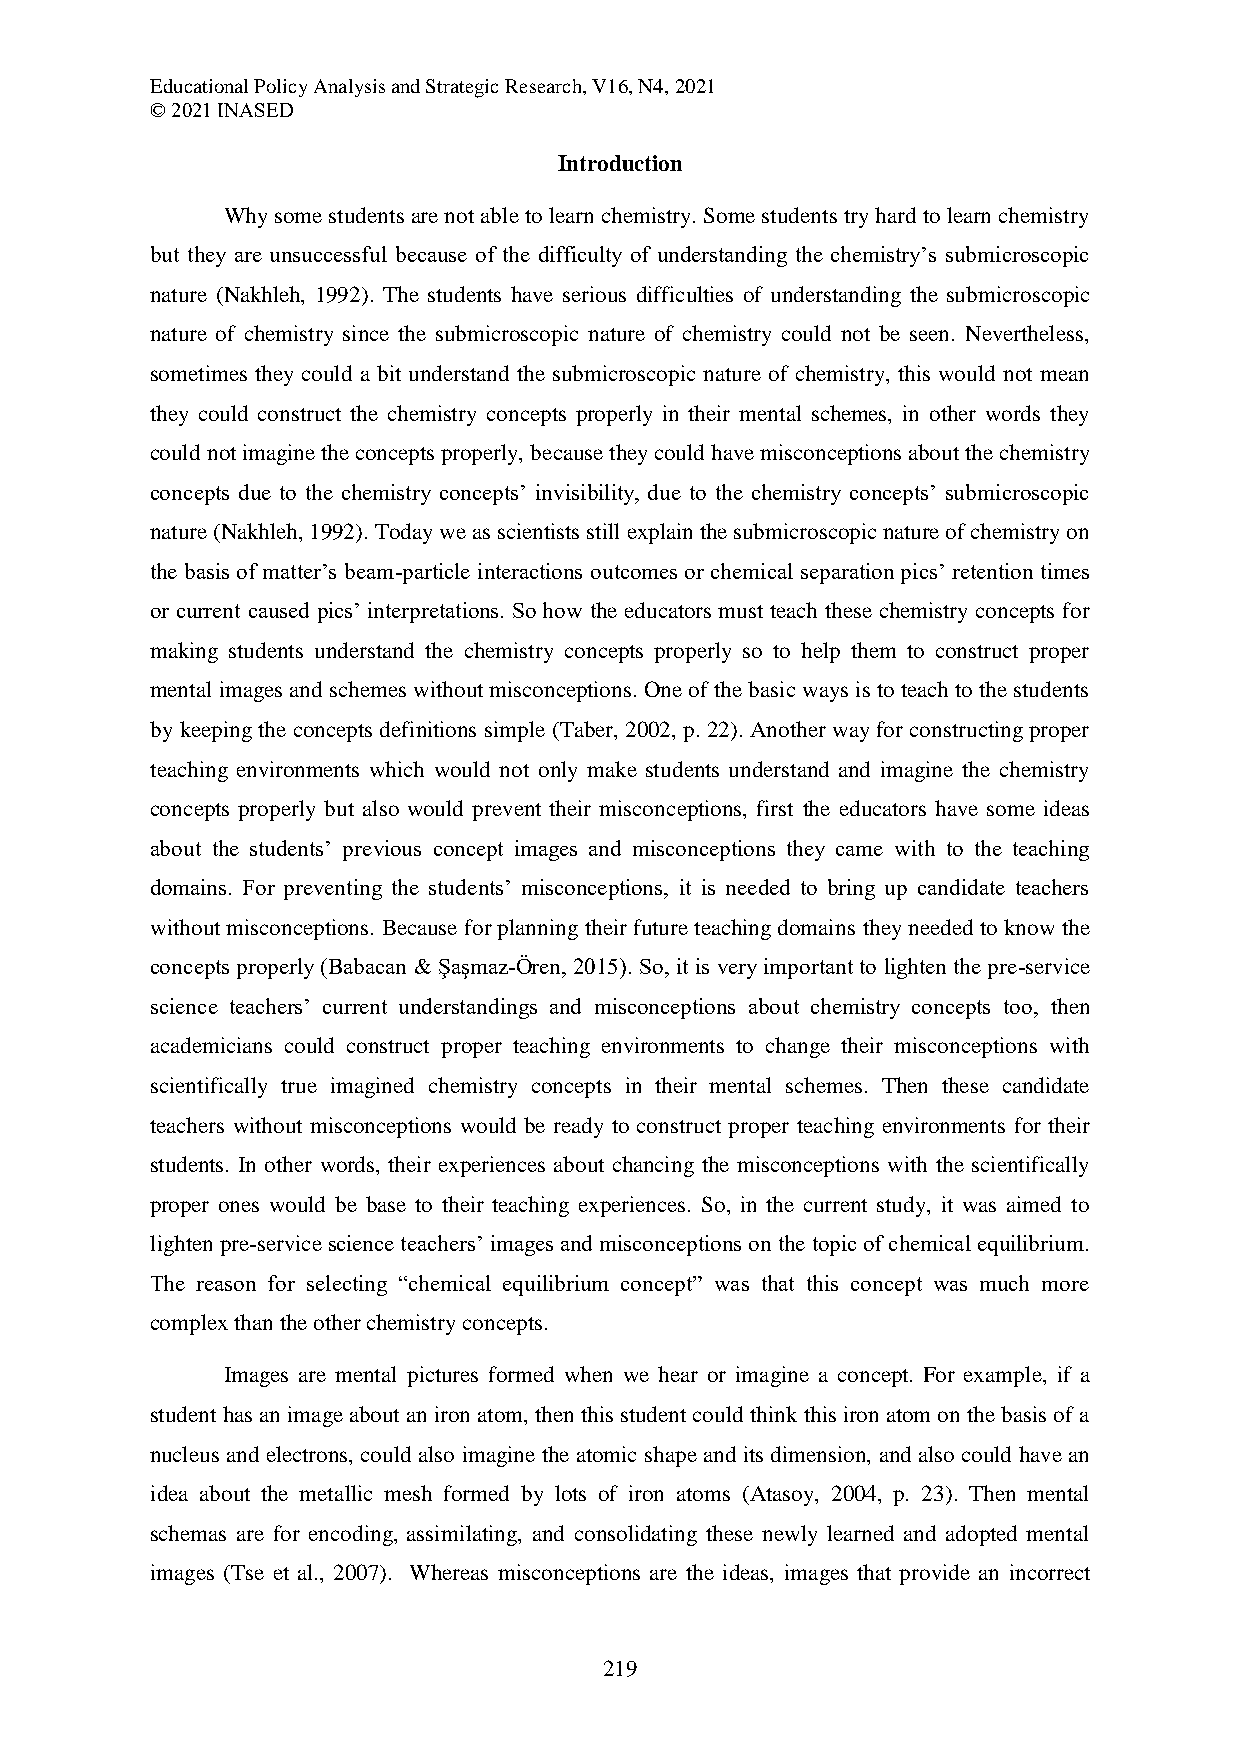
Educational Policy Analysis and Strategic Research, V16, N4, 2021
 © 2021 INASED
 Introduction
 Why some students are not able to learn chemistry. Some students try hard to learn chemistry
 but they are unsuccessful because of the difficulty of understanding the chemistry’s submicroscopic
 nature (Nakhleh, 1992). The students have serious difficulties of understanding the submicroscopic
 nature of chemistry since the submicroscopic nature of chemistry could not be seen. Nevertheless,
 sometimes they could a bit understand the submicroscopic nature of chemistry, this would not mean
 they could construct the chemistry concepts properly in their mental schemes, in other words they
 could not imagine the concepts properly, because they could have misconceptions about the chemistry
 concepts due to the chemistry concepts’ invisibility, due to the chemistry concepts’ submicroscopic
 nature (Nakhleh, 1992). Today we as scientists still explain the submicroscopic nature of chemistry on
 the basis of matter’s beam-particle interactions outcomes or chemical separation pics’ retention times
 or current caused pics’ interpretations. So how the educators must teach these chemistry concepts for
 making students understand the chemistry concepts properly so to help them to construct proper
 mental images and schemes without misconceptions. One of the basic ways is to teach to the students
 by keeping the concepts definitions simple (Taber, 2002, p. 22). Another way for constructing proper
 teaching environments which would not only make students understand and imagine the chemistry
 concepts properly but also would prevent their misconceptions, first the educators have some ideas
 about the students’ previous concept images and misconceptions they came with to the teaching
 domains. For preventing the students’ misconceptions, it is needed to bring up candidate teachers
 without misconceptions. Because for planning their future teaching domains they needed to know the
 concepts properly (Babacan & Şaşmaz-Ören, 2015). So, it is very important to lighten the pre-service
 science teachers’ current understandings and misconceptions about chemistry concepts too, then
 academicians could construct proper teaching environments to change their misconceptions with
 scientifically true imagined chemistry concepts in their mental schemes. Then these candidate
 teachers without misconceptions would be ready to construct proper teaching environments for their
 students. In other words, their experiences about chancing the misconceptions with the scientifically
 proper ones would be base to their teaching experiences. So, in the current study, it was aimed to
 lighten pre-service science teachers’ images and misconceptions on the topic of chemical equilibrium.
 The reason for selecting “chemical equilibrium concept” was that this concept was much more
 complex than the other chemistry concepts.
 Images are mental pictures formed when we hear or imagine a concept. For example, if a
 student has an image about an iron atom, then this student could think this iron atom on the basis of a
 nucleus and electrons, could also imagine the atomic shape and its dimension, and also could have an
 idea about the metallic mesh formed by lots of iron atoms (Atasoy, 2004, p. 23). Then mental
 schemas are for encoding, assimilating, and consolidating these newly learned and adopted mental
 images (Tse et al., 2007). Whereas misconceptions are the ideas, images that provide an incorrect
 219